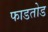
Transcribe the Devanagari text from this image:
फाडतोड